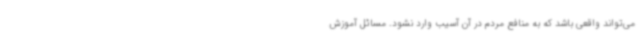
می‌تواند واقعی باشد که به منافع مردم در آن آسیب وارد نشود. مسائل آموزش